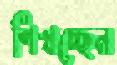
শিখচ্ছেন